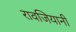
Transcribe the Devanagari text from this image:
रावजियानी